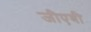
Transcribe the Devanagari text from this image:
जीएबी